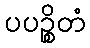
ပပဉ္စိတံ